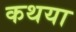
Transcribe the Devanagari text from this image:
कथया